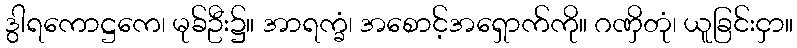
ဒွါရကောဋ္ဌကေ၊ မုခ်ဦး၌။ အာရက္ခံ၊ အစောင့်အရှောက်ကို။ ဂဏှိတုံ၊ ယူခြင်းငှာ။